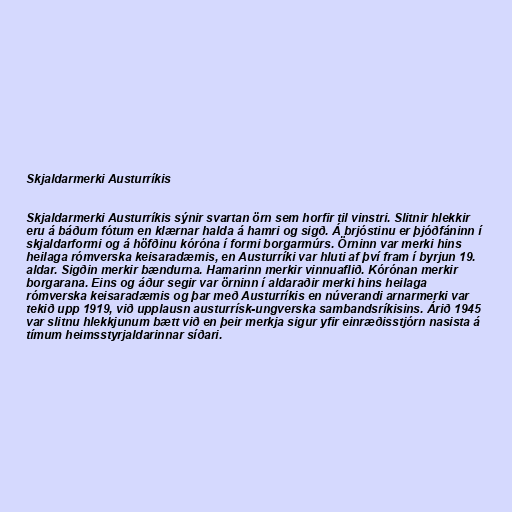
Skjaldarmerki Austurríkis

Skjaldarmerki Austurríkis sýnir svartan örn sem horfir til vinstri. Slitnir hlekkir
eru á báðum fótum en klærnar halda á hamri og sigð. Á brjóstinu er þjóðfáninn í
skjaldarformi og á höfðinu kóróna í formi borgarmúrs. Örninn var merki hins
heilaga rómverska keisaradæmis, en Austurríki var hluti af því fram í byrjun 19.
aldar. Sigðin merkir bændurna. Hamarinn merkir vinnuaflið. Kórónan merkir
borgarana. Eins og áður segir var örninn í aldaraðir merki hins heilaga
rómverska keisaradæmis og þar með Austurríkis en núverandi arnarmerki var
tekið upp 1919, við upplausn austurrísk-ungverska sambandsríkisins. Árið 1945
var slitnu hlekkjunum bætt við en þeir merkja sigur yfir einræðisstjórn nasista á
tímum heimsstyrjaldarinnar síðari.